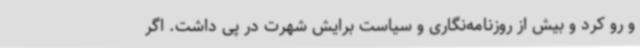
و رو کرد و بیش از روزنامه‌نگاری و سیاست برایش شهرت در پی داشت. اگر